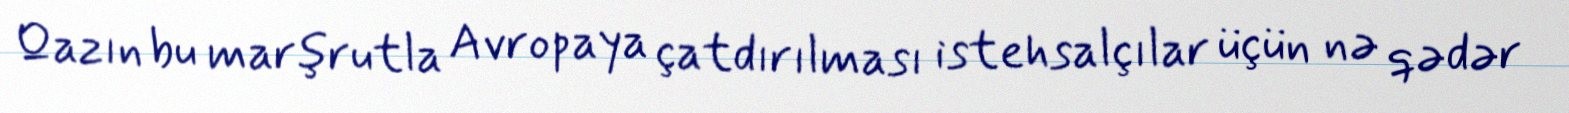
Qazın bu marşrutla Avropaya çatdırılması istehsalçılar üçün nə qədər